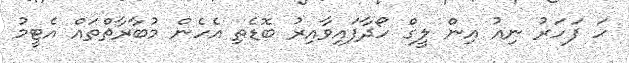
ހަ ފަހަރު ނިއު އިން ލީގް ހޯދާފައިވާއިރު ބޮޑެތި އެހެން މުބާރާތްތައް އެޓީމު